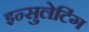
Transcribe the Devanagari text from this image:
इन्सुलेटिंग